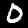
Label: 0